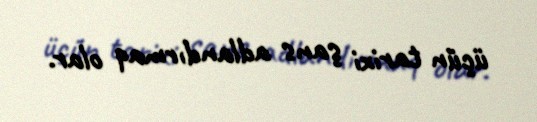
üçün tarixi şans adlandırmaq olar.